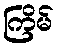
ကြိမ်